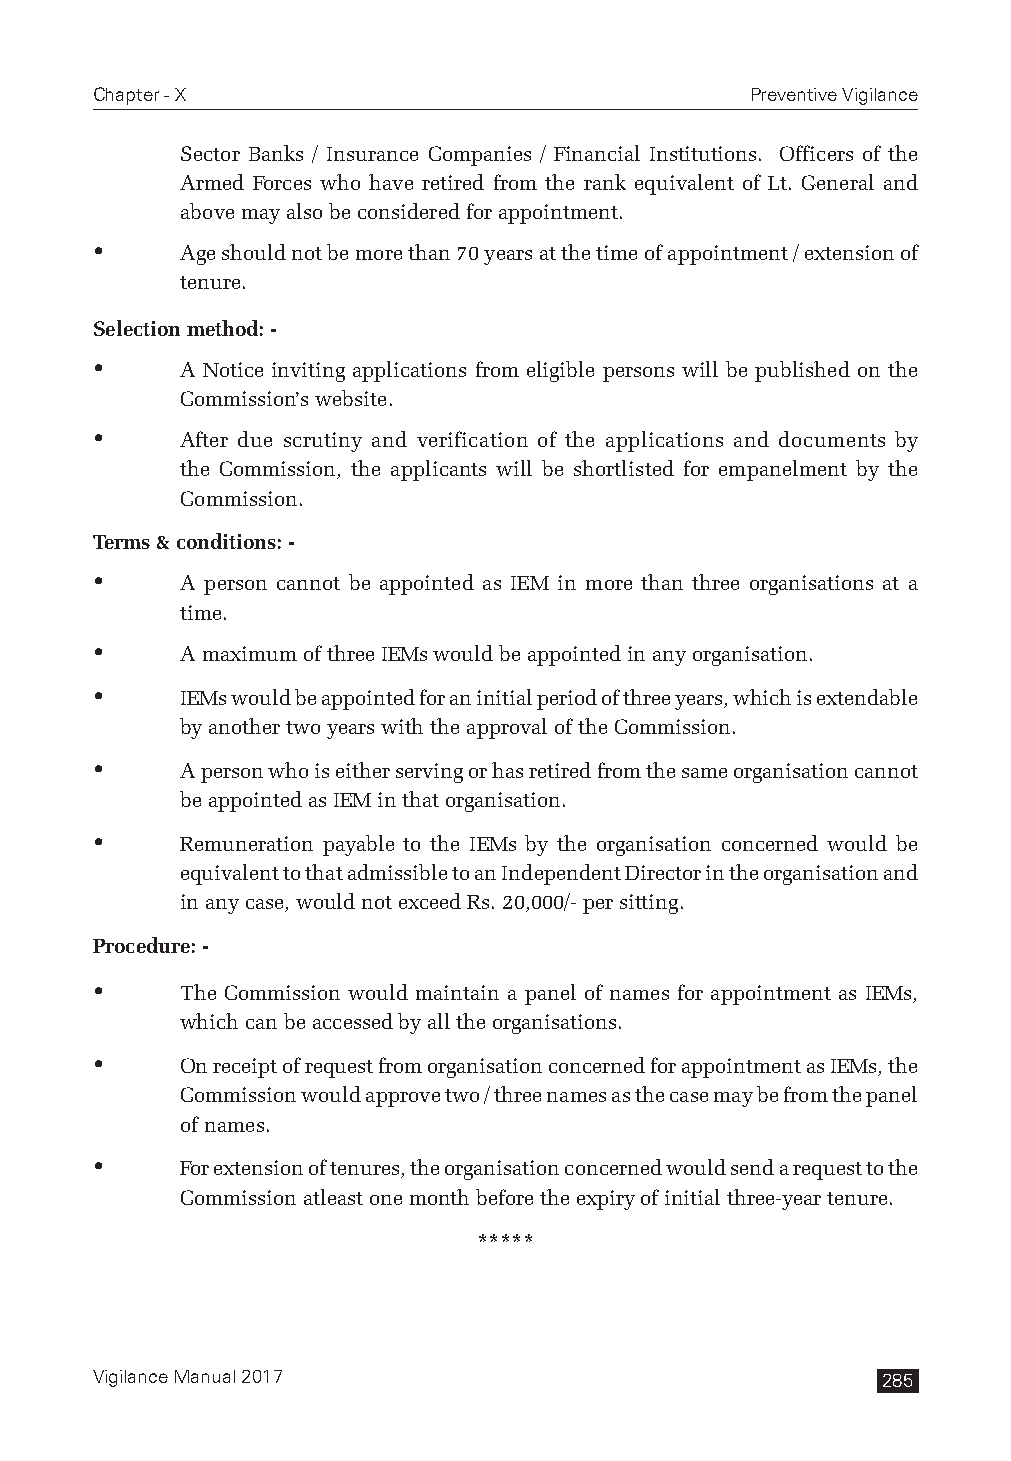
Chapter - X                                 Preventive Vigilance
 Sector Banks / Insurance Companies / Financial Institutions. Officers of the
 Armed Forces who have retired from the rank equivalent of Lt. General and
 above may also be considered for appointment.
      Age should not be more than 70 years at the time of appointment / extension of
 tenure.
 Selection method: -
      A Notice inviting applications from eligible persons will be published on the
 Commission’s website.
      After due scrutiny and verification of the applications and documents by
 the Commission, the applicants will be shortlisted for empanelment by the
 Commission.
 Terms & conditions: -
      A person cannot be appointed as IEM in more than three organisations at a
 time.
      A maximum of three IEMs would be appointed in any organisation.
      IEMs would be appointed for an initial period of three years, which is extendable
 by another two years with the approval of the Commission.
      A person who is either serving or has retired from the same organisation cannot
 be appointed as IEM in that organisation.
      Remuneration payable to the IEMs by the organisation concerned would be
 equivalent to that admissible to an Independent Director in the organisation and
 in any case, would not exceed Rs. 20,000/- per sitting.
 Procedure: -
      The Commission would maintain a panel of names for appointment as IEMs,
 which can be accessed by all the organisations.
      On receipt of request from organisation concerned for appointment as IEMs, the
 Commission would approve two / three names as the case may be from the panel
 of names.
      For extension of tenures, the organisation concerned would send a request to the
 Commission atleast one month before the expiry of initial three-year tenure.
 *****
 Vigilance Manual 2017                               285